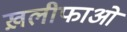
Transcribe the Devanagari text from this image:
ख़लीफाओं